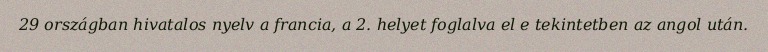
29 országban hivatalos nyelv a francia, a 2. helyet foglalva el e tekintetben az angol után.